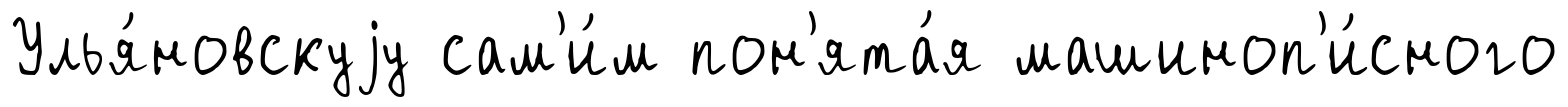
Улья́новскуjу сам'и́м пон'ята́я машиноп'и́сного